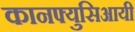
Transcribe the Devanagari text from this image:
कानफ्युसिआयी